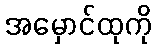
အမှောင်ထုကို